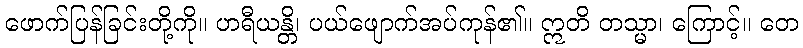
ဖောက်ပြန်ခြင်းတို့ကို။ ဟရီယန္တိ၊ ပယ်ဖျောက်အပ်ကုန်၏။ ဣတိ တသ္မာ၊ ကြောင့်။ တေ